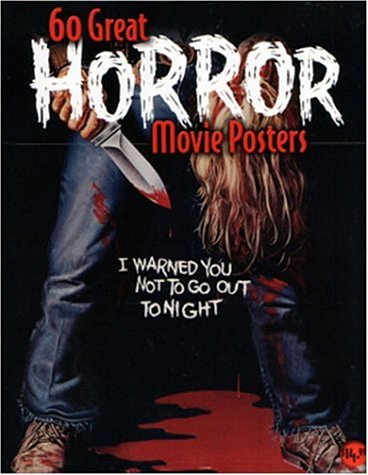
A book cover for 60 Great Horror Movie Posters: Volume 19 of the Illustrated History of Movies Through Posters (Illustrated History of Movies Through Posters, Volume 19); Bruce Hershenson; Humor & Entertainment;